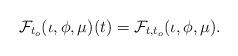
LaTeX: \begin{align*}\mathcal{F}_{t_o}(\iota,\phi,\mu)(t)=\mathcal{F}_{t,t_o}(\iota,\phi,\mu).\end{align*}